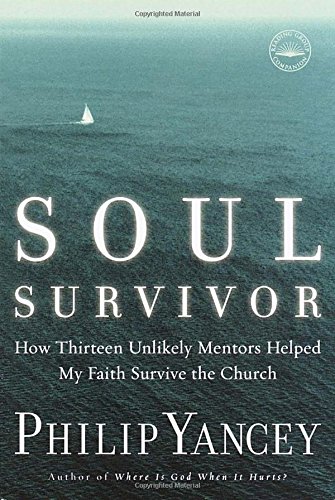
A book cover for Soul Survivor: How Thirteen Unlikely Mentors Helped My Faith Survive the Church; Philip Yancey; Biographies & Memoirs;